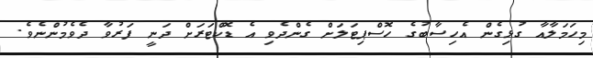
މިހަމަލާއާ ގުޅިގެން އެހިސާބުގެ ހޮސްޕިޓަލަށް ގެންދެވި އެ ޑޮކްޓަރަށް ދަނީ ފަރުވާ ދެވެމުންނެވެ.